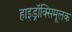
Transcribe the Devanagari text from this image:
हाइड्रॉक्सिमूलक